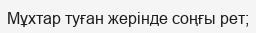
Мұхтар туған жерінде соңғы рет;